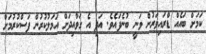
ކަމަށް ބައެއް ޑްރައިވަރުން ވަނީ ބުނެފައެވެ. އަދި އެ ގަވާއިދަށް އަމަލުކުރުން ފަސްކުރުމަށް